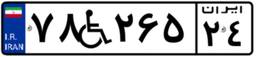
۷۸W۲۶۵۲۴